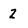
Character: 2